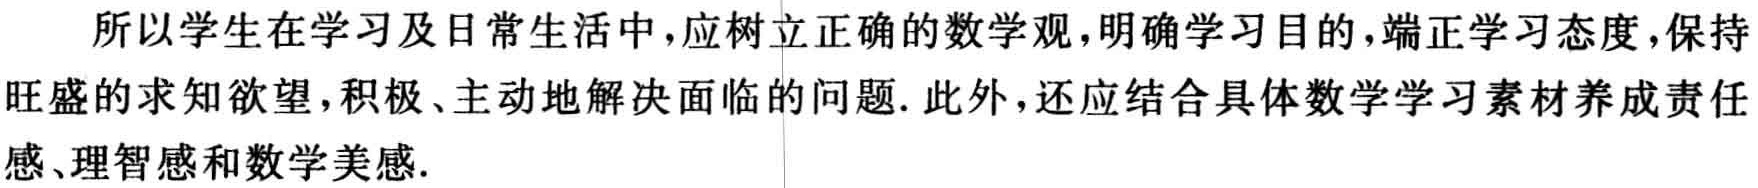
所以学生在学习及日常生活中，应树立正确的数学观，明确学习目的，端正学习态度，保持旺盛的求知欲望，积极、主动地解决面临的问题. 此外，还应结合具体数学学习素材养成责任感、理智感和数学美感.